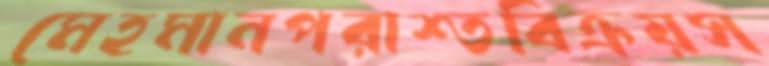
মেহমানপরাশ্তবিক্রয়স